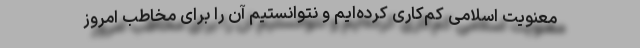
معنویت اسلامی کم‌کاری کرده‌ایم و نتوانستیم آن را برای مخاطب امروز